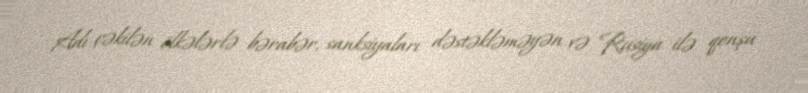
Adı çəkilən ölkələrlə bərabər, sanksiyaları dəstəkləməyən və Rusiya ilə qonşu